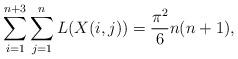
LaTeX: \begin{align*}\sum_{i=1}^{n+3} \sum_{j=1}^{n} L(X(i,j)) = \frac{\pi^2}{6} n(n+1),\end{align*}